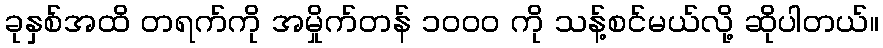
ခုနှစ်အထိ တရက်ကို အမှိုက်တန် ၁၀၀၀ ကို သန့်စင်မယ်လို့ ဆိုပါတယ်။